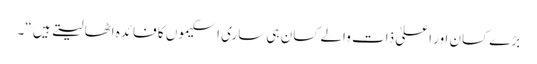
بڑے کسان اور اعلیٰ ذات والے کسان ہی ساری اسکیموں کا فائدہ اٹھا لیتے ہیں “۔